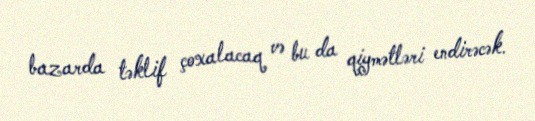
bazarda təklif çoxalacaq və bu da qiymətləri endirəcək.